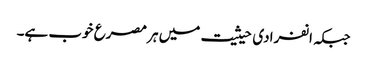
جبکہ انفرادی حیثیت میں ہر مصرع خوب ہے۔